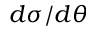
d \sigma / d \theta